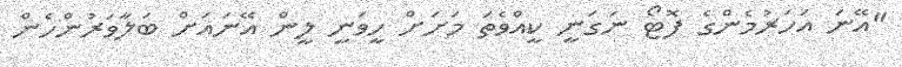
"އޭނަ އަހަރުމެންގެ ފޮޓޯ ނަގަނީ ކީއްވެތަ މަށަށް ހީވަނީ ލީން އޭނައަށް ބަލާވަރުންހެން